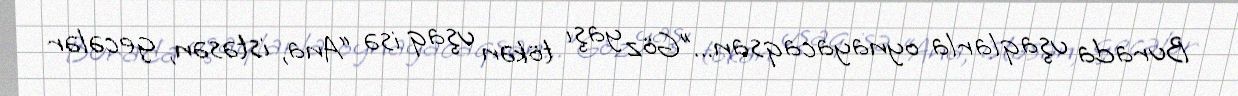
Burada uşaqlarla oynayacaqsan...”Göz yaşı tökən uşaq isə “Ana, istəsən, gecələr